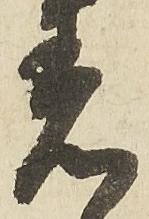
祝